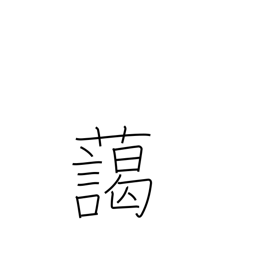
Meaning: harmonize